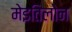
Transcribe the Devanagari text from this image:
मेइतिलोन